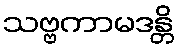
သဗ္ဗကာမဒန္တိ